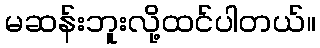
မဆန်းဘူးလို့ထင်ပါတယ်။